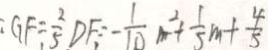
: G F \div \frac { 2 } { 5 } D F \vdots - \frac { 1 } { 1 0 } m ^ { 2 } + \frac { 1 } { 5 } m + \frac { 4 } { 5 }